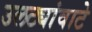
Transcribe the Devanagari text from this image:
उलट्यांवाटे